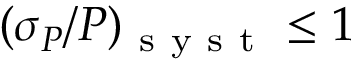
( \sigma _ { P } / P ) _ { \mathrm { ~ s ~ y ~ s ~ t ~ } } \le 1